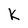
Character: K